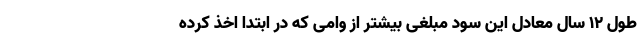
طول 12 سال معادل این سود مبلغی بیشتر از وامی که در ابتدا اخذ کرده